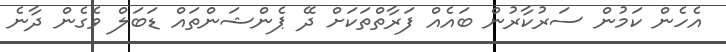
އެހެން ކަމުން ސަރުކާރުން ބައެއް ފަރާތްތަކަށް ދޭ ޕެންޝަންތައް ޑަބަލް ވެގެން ދާނެ